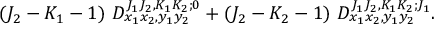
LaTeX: ( J _ { 2 } - K _ { 1 } - 1 ) ~ D _ { x _ { 1 } x _ { 2 } , y _ { 1 } y _ { 2 } } ^ { J _ { 1 } J _ { 2 } , K _ { 1 } K _ { 2 } ; 0 } + ( J _ { 2 } - K _ { 2 } - 1 ) ~ D _ { x _ { 1 } x _ { 2 } , y _ { 1 } y _ { 2 } } ^ { J _ { 1 } J _ { 2 } , K _ { 1 } K _ { 2 } ; J _ { 1 } } .